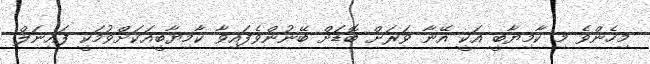
މިހެންވެ މި ކާމިޔާބީ އަކީ އޭނާ ވަރަށް ބޮޑަށް ބޭނުންވެފައިވާ ކާމިޔާބީއަކަށްވުމަކީ ފައިނަލް